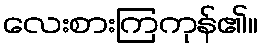
လေးစားကြကုန်၏။